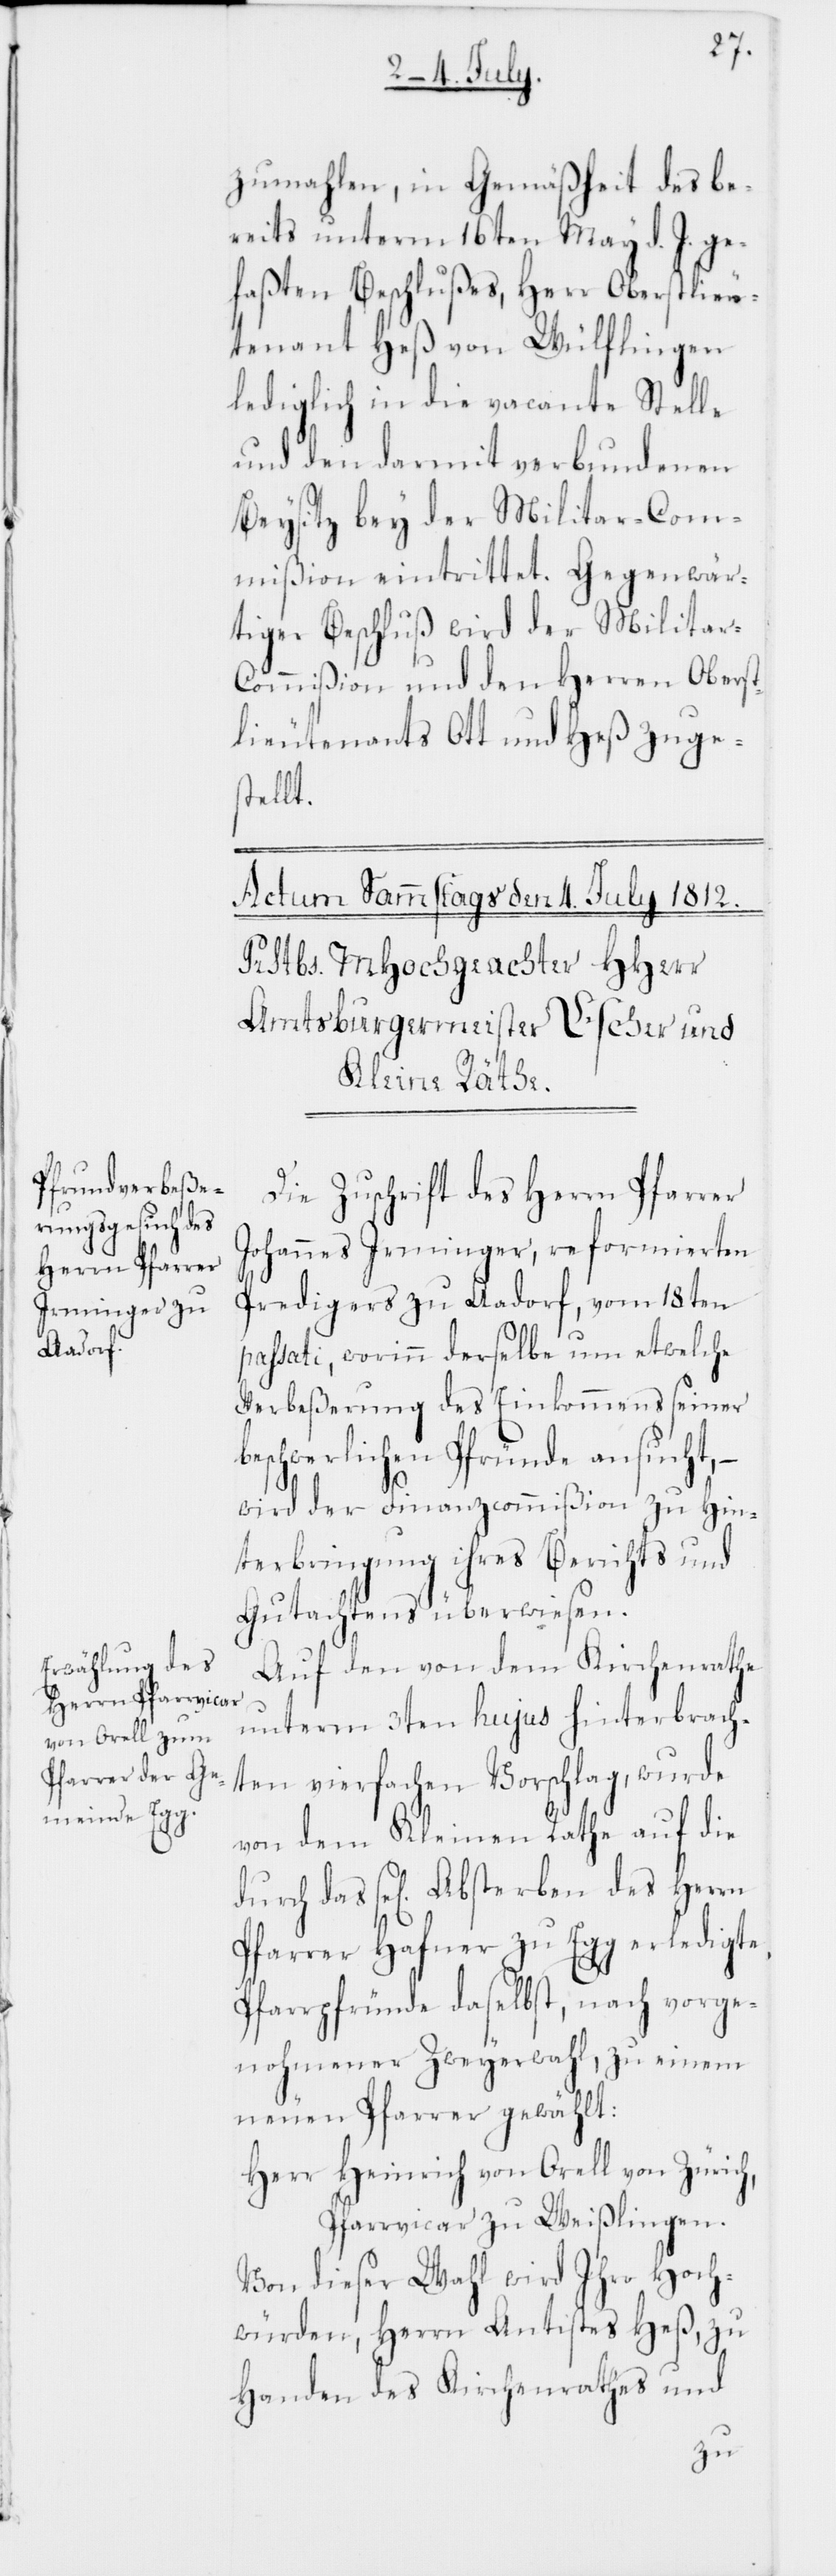
zumahlen, in Gemäßheit des be¬
reits unterm 16ten May d. J. ge¬
faßten Beschlußes, Herr Oberstlieu¬
tenant Heß von Wülflingen
lediglich in die vacante Stelle
und den damit verbundenen
Beysitz bey der Militar-Com¬
mißion eintrittet. Gegenwär¬
tiger Beschluß wird der Milita¬
r-Commißion und den Herren Oberst¬
lieutenants Ott und Heß zuge¬
stellt.
Die Zuschrift des Herrn Pfarrer
Johannes Irminger, reformierten
Predigers zu Aadorf, vom 18ten
passati, worinn derselbe um etwelche
Verbeßerung des Einkommens seiner
beschwerlichen Pfründe ansucht,
wird der Finanzcommißion zu Hin¬
terbringung ihres Berichts und
Gutachtens überwiesen.
Auf den von dem Kirchenrathe
unterm 3ten hujus hinterbrach¬
ten vierfachen Vorschlag, wurde
von dem Kleinen Rathe auf die
durch das sel. Absterben des Herrn
Pfarrer Hafner zu Egg erledigte
Pfarrpfründe daselbst, nach vorge¬
nohmener Zweyerwahl, zu einem
neuen Pfarrer gewählt:
Herr Heinrich von Orell von Zürich,
Pfarrvicar zu Weißlingen.
Von dieser Wahl wird Ihro Hoch¬
würden, Herrn Antistes Heß, zu
Handen des Kirchenrathes und